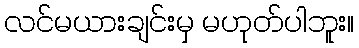
လင်မယားချင်းမှ မဟုတ်ပါဘူး။